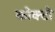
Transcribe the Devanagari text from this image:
कोक्टो